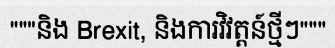
"""និង Brexit, និងការវិវត្តន៍ថ្មីៗ"""